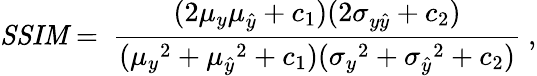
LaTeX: \mathit{SSIM}=\ \frac{(2\mu_{y}\mu_{\hat{y}}+c_{1})(2\sigma_{y\hat{y}}+c_{2})}{({\mu_{y}}^{2}+{\mu_{\hat{y}}}^{2}+c_{1})({\sigma_{y}}^{2}+{\sigma_{\hat{y}}}^{2}+c_{2})}\ ,